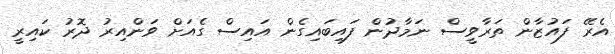
އެރޭ ފައުޒާން ތަރާވީސް ނަމާދުން ފައިބައިގެން އައިސް ގެއަށް ވަންއިރު ދޮރު ކައިރީ